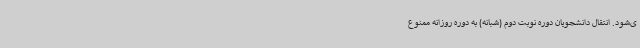
ی‌شود. انتقال دانشجویان دوره نوبت دوم (شبانه) به دوره روزانه ممنوع